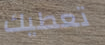
تعطيك